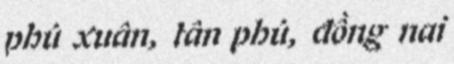
phú xuân, tân phú, đồng nai